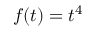
f ( t ) = t ^ { 4 }